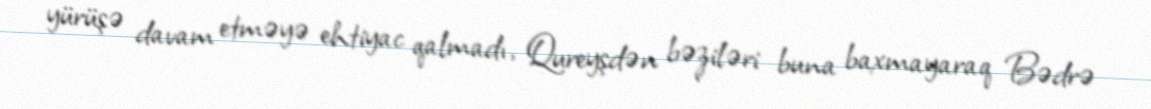
yürüşə davam etməyə ehtiyac qalmadı, Qureyşdən bəziləri buna baxmayaraq Bədrə